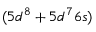
( 5 d ^ { 8 } + 5 d ^ { 7 } 6 s )